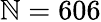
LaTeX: \mathbb{N}=606